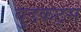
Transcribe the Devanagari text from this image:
वुडकट्स